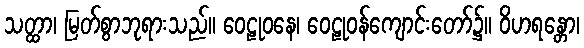
သတ္ထာ၊ မြတ်စွာဘုရားသည်။ ဝေဠုဝနေ၊ ဝေဠုဝန်ကျောင်းတော်၌။ ဝိဟရန္တော၊